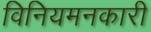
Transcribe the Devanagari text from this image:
विनियमनकारी